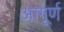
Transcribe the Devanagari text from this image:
आगूर्ण